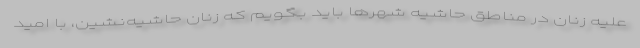
عليه زنان در مناطق حاشيه شهرها بايد بگويم كه زنان حاشيه‌نشين، با اميد